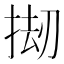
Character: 𫽅